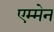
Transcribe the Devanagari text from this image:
एम्मेन